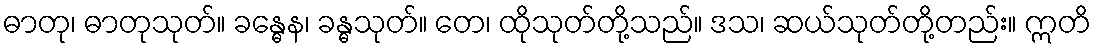
ဓာတု၊ ဓာတုသုတ်။ ခန္ဓေန၊ ခန္ဓသုတ်။ တေ၊ ထိုသုတ်တို့သည်။ ဒသ၊ ဆယ်သုတ်တို့တည်း။ ဣတိ